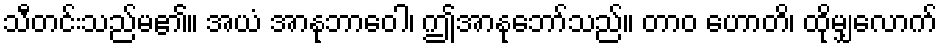
သီတင်းသည်မ၏။ အယံ အာနုဘာဝေါ၊ ဤအာနုဘော်သည်။ တာဝ ဟောတိ၊ ထိုမျှလောက်